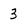
Character: 3